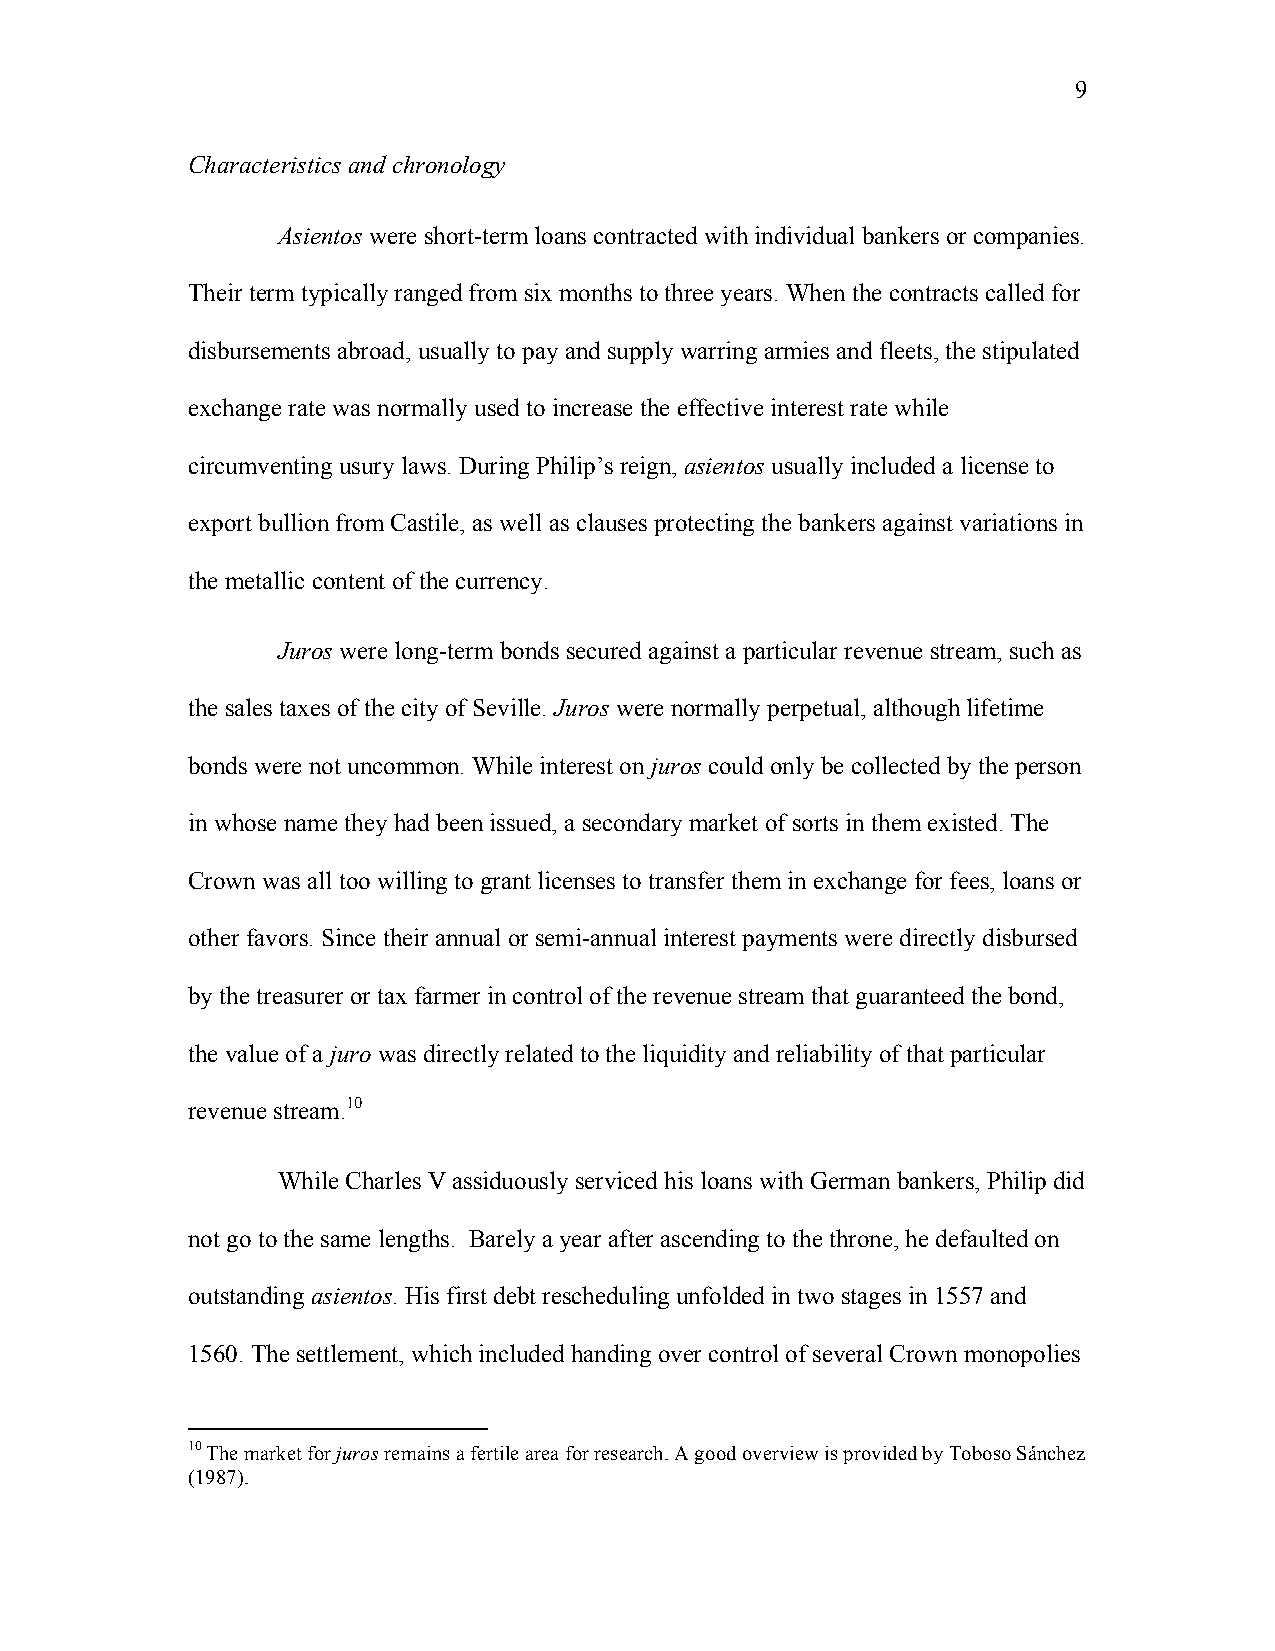
9
 Characteristics and chronology
 Asientos were short-term loans contracted with individual bankers or companies.
 Their term typically ranged from six months to three years. When the contracts called for
 disbursements abroad, usually to pay and supply warring armies and fleets, the stipulated
 exchange rate was normally used to increase the effective interest rate while
 circumventing usury laws. During Philip’s reign, asientos usually included a license to
 export bullion from Castile, as well as clauses protecting the bankers against variations in
 the metallic content of the currency.
 Juros were long-term bonds secured against a particular revenue stream, such as
 the sales taxes of the city of Seville. Juros were normally perpetual, although lifetime
 bonds were not uncommon. While interest on juros could only be collected by the person
 in whose name they had been issued, a secondary market of sorts in them existed. The
 Crown was all too willing to grant licenses to transfer them in exchange for fees, loans or
 other favors. Since their annual or semi-annual interest payments were directly disbursed
 by the treasurer or tax farmer in control of the revenue stream that guaranteed the bond,
 the value of a juro was directly related to the liquidity and reliability of that particular
 revenue stream.10
 While Charles V assiduously serviced his loans with German bankers, Philip did
 not go to the same lengths. Barely a year after ascending to the throne, he defaulted on
 outstanding asientos. His first debt rescheduling unfolded in two stages in 1557 and
 1560. The settlement, which included handing over control of several Crown monopolies
 10 The market for juros remains a fertile area for research. A good overview is provided by Toboso Sánchez
 (1987).